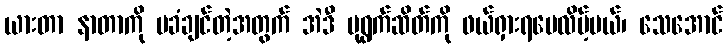
ယားတာ နာတာကို မခံချင်တဲ့အတွက် အဲဒီ ပုရွက်ဆိတ်ကို ဖယ်ရှားရပေလိမ့်မယ်၊ သေအောင်